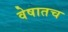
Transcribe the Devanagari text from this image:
वेषातच